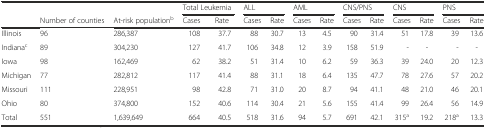
<table><thead><tr><td></td><td></td><td></td><td colspan="2"><b>Total Leukemia</b></td><td colspan="2"><b>ALL</b></td><td colspan="2"><b>AML</b></td><td colspan="2"><b>CNS/PNS</b></td><td colspan="2"><b>CNS</b></td><td colspan="2"><b>PNS</b></td></tr><tr><td></td><td><b>Number of counties</b></td><td><b>At-risk population<sup>b</sup></b></td><td><b>Cases</b></td><td><b>Rate</b></td><td><b>Cases</b></td><td><b>Rate</b></td><td><b>Cases</b></td><td><b>Rate</b></td><td><b>Cases</b></td><td><b>Rate</b></td><td><b>Cases</b></td><td><b>Rate</b></td><td><b>Cases</b></td><td><b>Rate</b></td></tr></thead><tbody><tr><td>Illinois</td><td>96</td><td>286,387</td><td>108</td><td>37.7</td><td>88</td><td>30.7</td><td>13</td><td>4.5</td><td>90</td><td>31.4</td><td>51</td><td>17.8</td><td>39</td><td>13.6</td></tr><tr><td>Indiana<sup>c</sup></td><td>89</td><td>304,230</td><td>127</td><td>41.7</td><td>106</td><td>34.8</td><td>12</td><td>3.9</td><td>158</td><td>51.9</td><td>-</td><td>-</td><td>-</td><td>-</td></tr><tr><td>Iowa</td><td>98</td><td>162,469</td><td>62</td><td>38.2</td><td>51</td><td>31.4</td><td>10</td><td>6.2</td><td>59</td><td>36.3</td><td>39</td><td>24.0</td><td>20</td><td>12.3</td></tr><tr><td>Michigan</td><td>77</td><td>282,812</td><td>117</td><td>41.4</td><td>88</td><td>31.1</td><td>18</td><td>6.4</td><td>135</td><td>47.7</td><td>78</td><td>27.6</td><td>57</td><td>20.2</td></tr><tr><td>Missouri</td><td>111</td><td>228,951</td><td>98</td><td>42.8</td><td>71</td><td>31.0</td><td>20</td><td>8.7</td><td>94</td><td>41.1</td><td>48</td><td>21.0</td><td>46</td><td>20.1</td></tr><tr><td>Ohio</td><td>80</td><td>374,800</td><td>152</td><td>40.6</td><td>114</td><td>30.4</td><td>21</td><td>5.6</td><td>155</td><td>41.4</td><td>99</td><td>26.4</td><td>56</td><td>14.9</td></tr><tr><td>Total</td><td>551</td><td>1,639,649</td><td>664</td><td>40.5</td><td>518</td><td>31.6</td><td>94</td><td>5.7</td><td>691</td><td>42.1</td><td>315<sup>a</sup></td><td>19.2</td><td>218<sup>a</sup></td><td>13.3</td></tr></tbody></table>